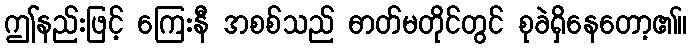
ဤနည်းဖြင့် ကြေးနီ အစစ်သည် ဓာတ်မတိုင်တွင် စုခဲရှိနေတော့၏။